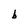
Character: b